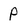
Character: p